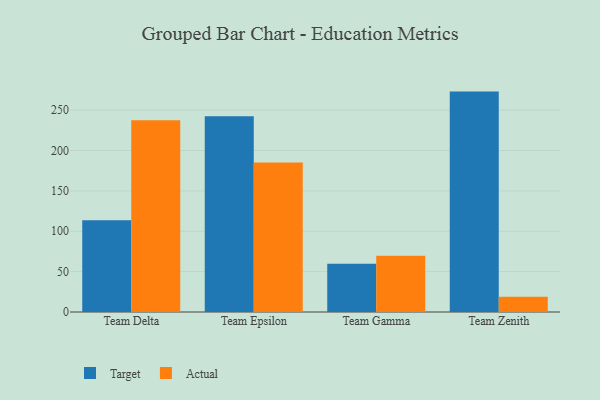
{"axis": {"x": "Team", "y": "Inventory Turnover"}, "legend": ["Actual", "Target"], "data": [{"x": "Team Delta", "y": 113.7, "type": "Target"}, {"x": "Team Delta", "y": 237.6, "type": "Actual"}, {"x": "Team Epsilon", "y": 242.5, "type": "Target"}, {"x": "Team Epsilon", "y": 185.3, "type": "Actual"}, {"x": "Team Gamma", "y": 59.7, "type": "Target"}, {"x": "Team Gamma", "y": 69.7, "type": "Actual"}, {"x": "Team Zenith", "y": 273.0, "type": "Target"}, {"x": "Team Zenith", "y": 18.9, "type": "Actual"}]}